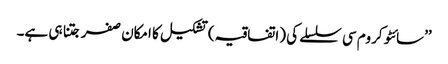
’’سائٹو کروم سی سلسلے کی (اتفاقیہ) تشکیل کا امکان صفر جتنا ہی ہے۔